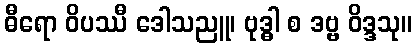
ဓီရော ဝိပဿီ ဒေါသညူ၊ ဗုဒ္ဓါ စ ဒဗ္ဗ ဝိဒ္ဒသု။